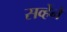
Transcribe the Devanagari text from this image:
सर्व्हेने